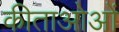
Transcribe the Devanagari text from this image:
कीताओओं